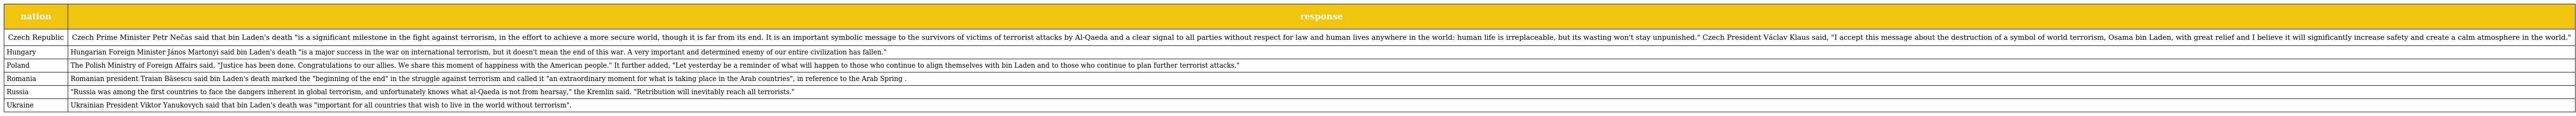
| nation | response |
 | --- | --- |
 | Czech Republic | Czech Prime Minister Petr Nečas said that bin Laden's death "is a significant milestone in the fight against terrorism, in the effort to achieve a more secure world, though it is far from its end. It is an important symbolic message to the survivors of victims of terrorist attacks by Al-Qaeda and a clear signal to all parties without respect for law and human lives anywhere in the world: human life is irreplaceable, but its wasting won't stay unpunished." Czech President Václav Klaus said, "I accept this message about the destruction of a symbol of world terrorism, Osama bin Laden, with great relief and I believe it will significantly increase safety and create a calm atmosphere in the world." |
 | Hungary | Hungarian Foreign Minister János Martonyi said bin Laden's death "is a major success in the war on international terrorism, but it doesn't mean the end of this war. A very important and determined enemy of our entire civilization has fallen." |
 | Poland | The Polish Ministry of Foreign Affairs said, "Justice has been done. Congratulations to our allies. We share this moment of happiness with the American people." It further added, "Let yesterday be a reminder of what will happen to those who continue to align themselves with bin Laden and to those who continue to plan further terrorist attacks." |
 | Romania | Romanian president Traian Băsescu said bin Laden's death marked the "beginning of the end" in the struggle against terrorism and called it "an extraordinary moment for what is taking place in the Arab countries", in reference to the Arab Spring . |
 | Russia | "Russia was among the first countries to face the dangers inherent in global terrorism, and unfortunately knows what al-Qaeda is not from hearsay," the Kremlin said. "Retribution will inevitably reach all terrorists." |
 | Ukraine | Ukrainian President Viktor Yanukovych said that bin Laden's death was "important for all countries that wish to live in the world without terrorism". |